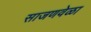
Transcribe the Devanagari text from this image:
साजणवेळा